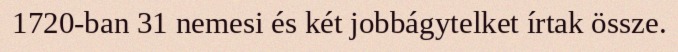
1720-ban 31 nemesi és két jobbágytelket írtak össze.